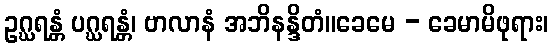
ဥဂ္ဃရန္တံ ပဂ္ဃရန္တံ၊ ဗာလာနံ အဘိနန္ဒိတံ။ခေမေ - ခေမာမိဖုရား၊